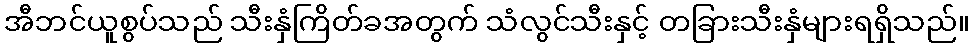
အီဘင်ယူစွပ်သည် သီးနှံကြိတ်ခအတွက် သံလွင်သီးနှင့် တခြားသီးနှံများရရှိသည်။